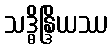
သဒ္ဓိန္ဒြိယဿ